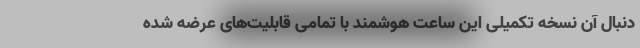
دنبال آن نسخه تکمیلی این ساعت هوشمند با تمامی قابلیت‌های عرضه شده